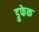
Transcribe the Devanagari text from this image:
डुफेक